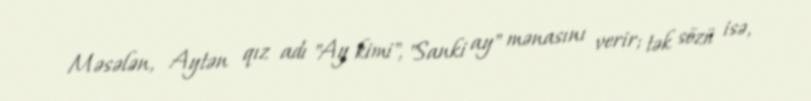
Məsələn, Aytən qız adı "Ay kimi", "Sanki ay" mənasını verir; tək sözü isə,